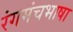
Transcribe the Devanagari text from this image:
रंगमंचभाषा